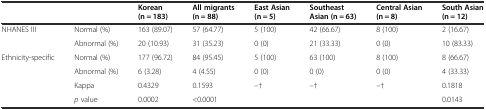
|  |  | Korean (n = 183) | All migrants (n = 88) | East Asian (n = 5) | Southeast Asian (n = 63) | Central Asian (n = 8) | South Asian (n = 12) |
 | --- | --- | --- | --- | --- | --- | --- | --- |
 | <ROWSPAN=2> NHANES III | Normal (%) | 163 (89.07) | 57 (64.77) | 5 (100) | 42 (66.67) | 8 (100) | 2 (16.67) |
 | Abnormal (%) | 20 (10.93) | 31 (35.23) | 0 (0) | 21 (33.33) | 0 (0) | 10 (83.33) |
 | <ROWSPAN=2> Ethnicity-specific | Normal (%) | 177 (96.72) | 84 (95.45) | 5 (100) | 63 (100) | 8 (100) | 8 (66.67) |
 | Abnormal (%) | 6 (3.28) | 4 (4.55) | 0 (0) | 0 (0) | 0 (0) | 4 (33.33) |
 |  | Kappa | 0.4329 | 0.1593 | –† | –† | –† | 0.1818 |
 |  | p value | 0.0002 | <0.0001 |  |  |  | 0.0143 |